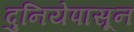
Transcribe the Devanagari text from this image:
दुनियेपासून